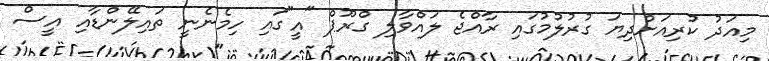
މިއަދު ކުރިއަށްދިޔަ ގުރުލުމުގައި ރާއްޖެ ލައްވާލި ގްރޫޕް "އީ"ގައި ހިމެނެނީ ތައިލޭންޑާއި އީސް